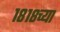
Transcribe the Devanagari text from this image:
१८१८च्या